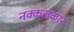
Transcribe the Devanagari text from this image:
नक्कलकार